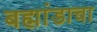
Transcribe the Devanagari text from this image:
बह्मांडाचा